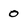
Character: 0